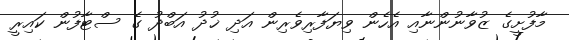
މާފުށީގެ ޒުވާނުންނާއި އެހެން ވިޔަފާރިވެރިން އަދި ޚުދު އަބްދު ގެ ސްޓާފުން ކައިރީ